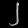
Digit: ၂